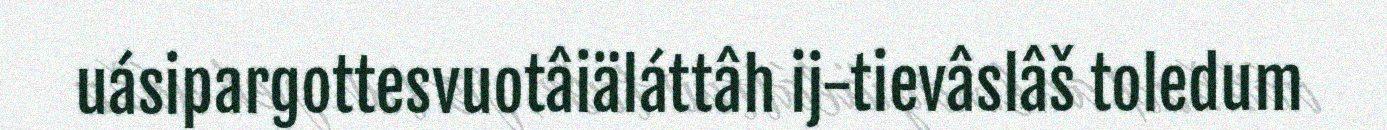
uásipargottesvuotâiäláttâh ij-tievâslâš toledum